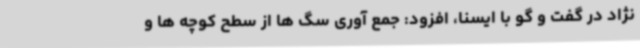
نژاد در گفت و گو با ایسنا، افزود: جمع آوری سگ ها از سطح کوچه ها و